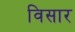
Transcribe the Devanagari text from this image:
विसार